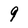
Character: 9